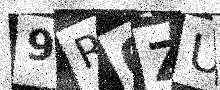
Text: 9R0ZUL